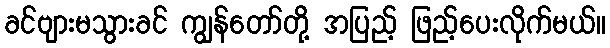
ခင်ဗျားမသွားခင် ကျွန်တော်တို့ အပြည့် ဖြည့်ပေးလိုက်မယ်။